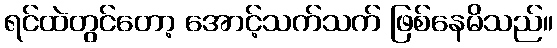
ရင်ထဲတွင်တော့ အောင့်သက်သက် ဖြစ်နေမိသည်။